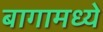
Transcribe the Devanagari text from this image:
बागामध्ये